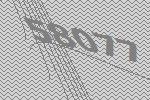
58077